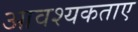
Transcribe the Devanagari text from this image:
आवश्यकताए